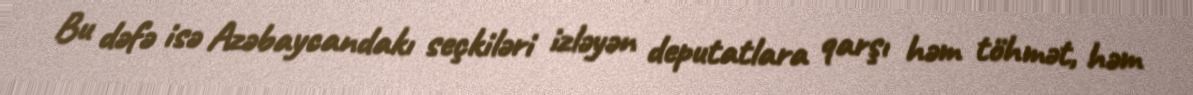
Bu dəfə isə Azəbaycandakı seçkiləri izləyən deputatlara qarşı həm töhmət, həm